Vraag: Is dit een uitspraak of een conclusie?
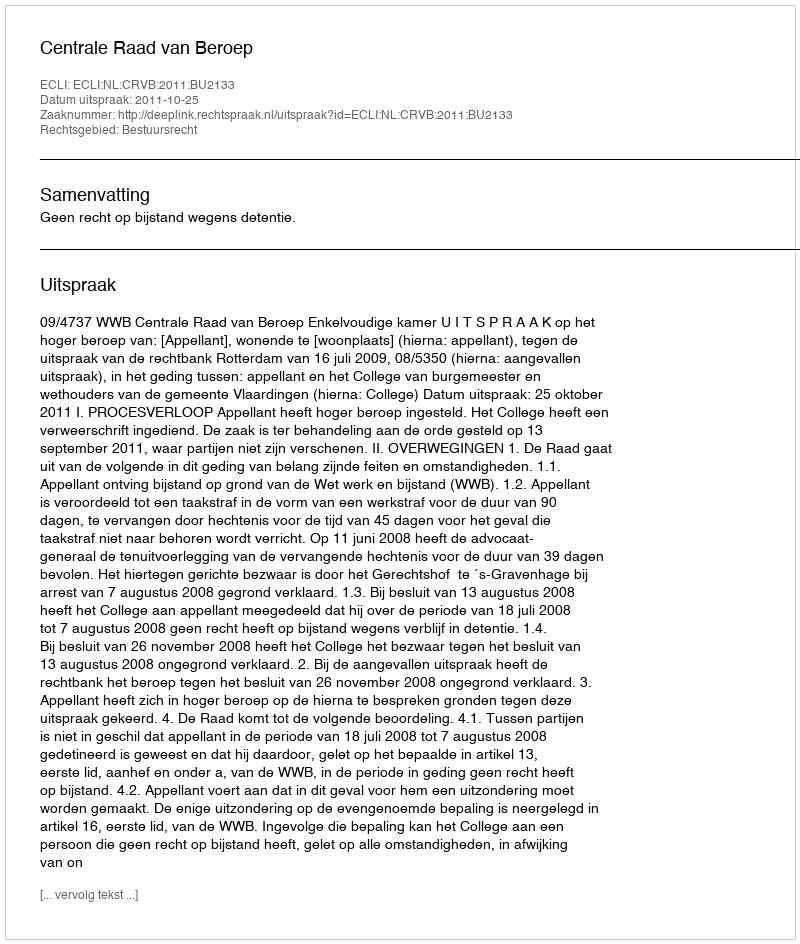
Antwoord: Uitspraak